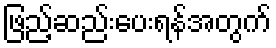
ဖြည့်ဆည်းပေးရန်အတွက်